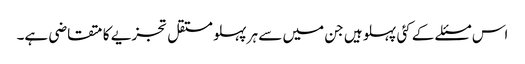
اس مسئلے کے کئی پہلو ہیں جن میں سے ہر پہلو مستقل تجزیے کا متقاضی ہے۔